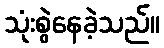
သုံးစွဲနေခဲ့သည်။